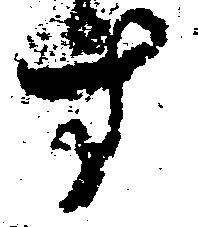
す